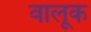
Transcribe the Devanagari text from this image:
वालूक